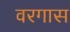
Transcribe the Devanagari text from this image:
वरगास